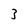
Character: 3